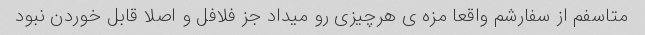
متاسفم از سفارشم واقعا مزه ی هرچیزی رو میداد جز فلافل و اصلا قابل خوردن نبود